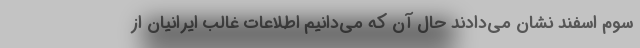
سوم اسفند نشان می‌دادند حال آن که می‌دانیم اطلاعات غالب ایرانیان از